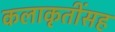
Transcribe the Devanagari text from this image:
कलाकृतींसह